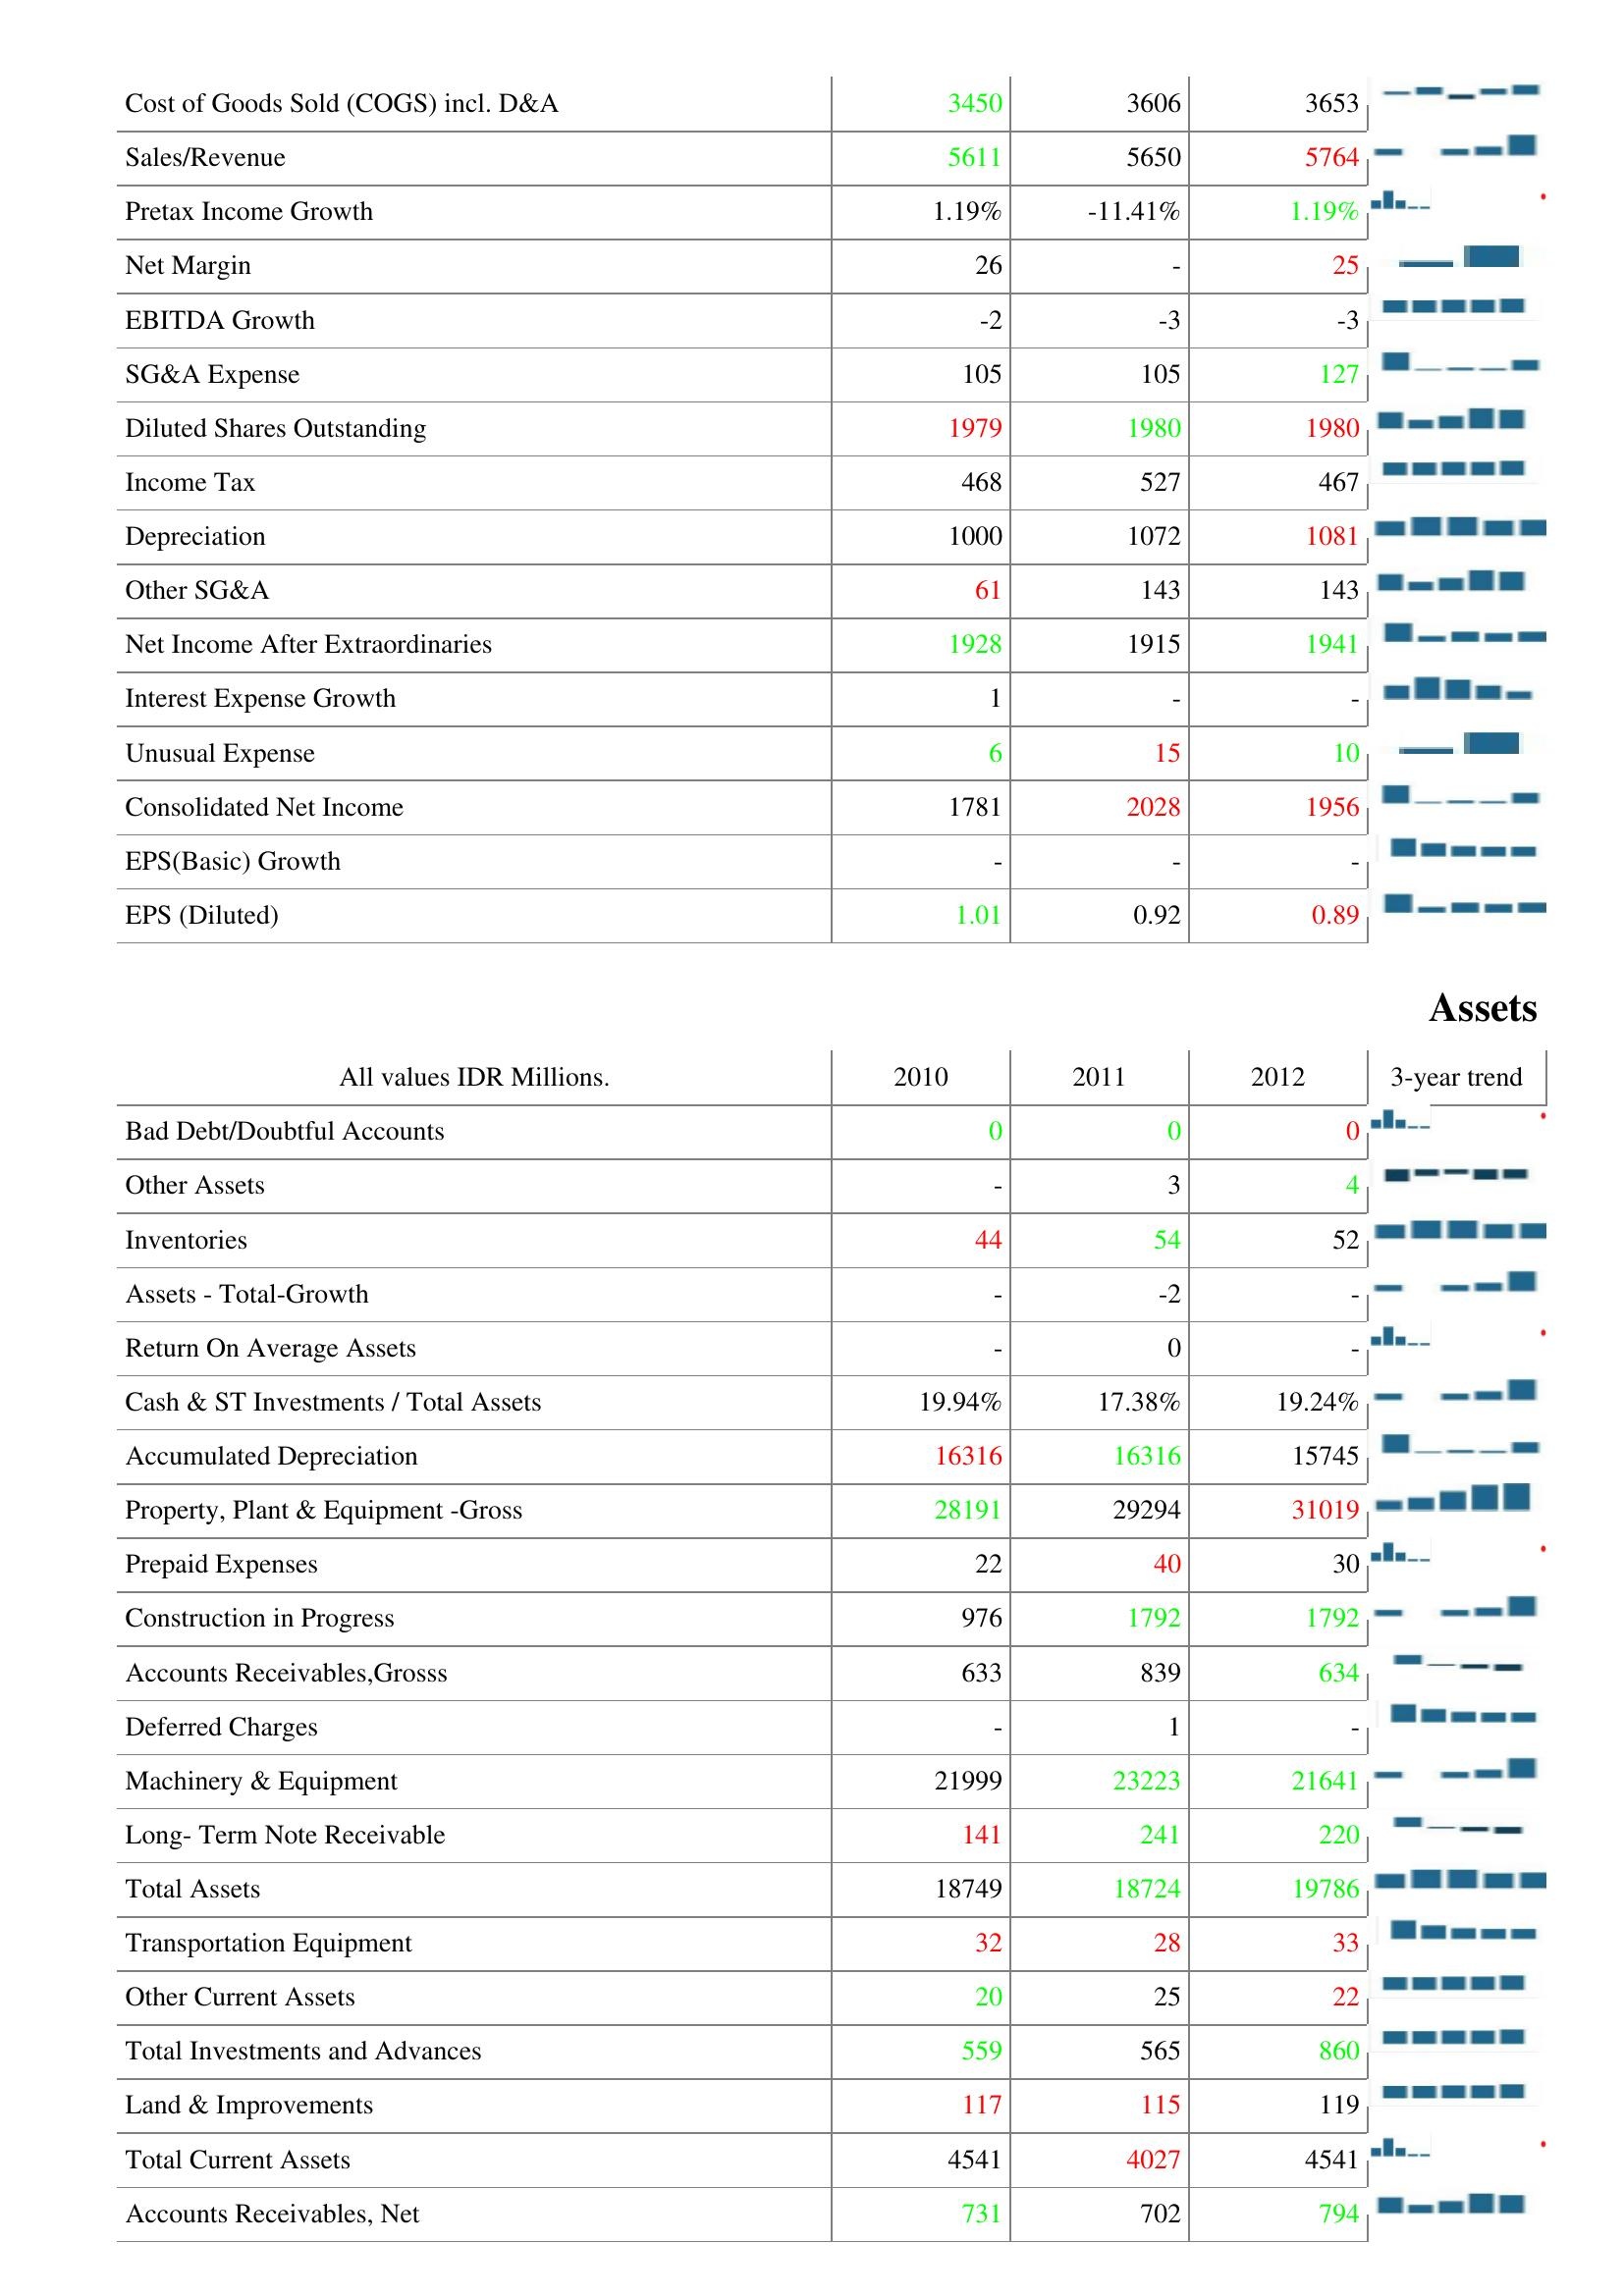
2010: : Cost of Goods Sold (COGS) incl. D&A: 3450
Sales/Revenue: 5611
Pretax Income Growth: 1.19%
Net Margin: 26
EBITDA Growth: -2
SG&A Expense: 105
Diluted Shares Outstanding: 1979
Income Tax: 468
Depreciation: 1000
Other SG&A: 61
Net Income After Extraordinaries: 1928
Interest Expense Growth: 1
Unusual Expense: 6
Consolidated Net Income: 1781
EPS(Basic) Growth: -
EPS (Diluted): 1.01
Assets: Bad Debt/Doubtful Accounts: 0
Other Assets: -
Inventories: 44
Assets - Total-Growth: -
Return On Average Assets: -
Cash & ST Investments / Total Assets: 19.94%
Accumulated Depreciation: 16316
Property, Plant & Equipment -Gross: 28191
Prepaid Expenses: 22
Construction in Progress: 976
Accounts Receivables,Grosss: 633
Deferred Charges: -
Machinery & Equipment: 21999
Long- Term Note Receivable: 141
Total Assets: 18749
Transportation Equipment: 32
Other Current Assets: 20
Total Investments and Advances: 559
Land & Improvements: 117
Total Current Assets: 4541
Accounts Receivables, Net: 731
2011: : Cost of Goods Sold (COGS) incl. D&A: 3606
Sales/Revenue: 5650
Pretax Income Growth: -11.41%
Net Margin: -
EBITDA Growth: -3
SG&A Expense: 105
Diluted Shares Outstanding: 1980
Income Tax: 527
Depreciation: 1072
Other SG&A: 143
Net Income After Extraordinaries: 1915
Interest Expense Growth: -
Unusual Expense: 15
Consolidated Net Income: 2028
EPS(Basic) Growth: -
EPS (Diluted): 0.92
Assets: Bad Debt/Doubtful Accounts: 0
Other Assets: 3
Inventories: 54
Assets - Total-Growth: -2
Return On Average Assets: 0
Cash & ST Investments / Total Assets: 17.38%
Accumulated Depreciation: 16316
Property, Plant & Equipment -Gross: 29294
Prepaid Expenses: 40
Construction in Progress: 1792
Accounts Receivables,Grosss: 839
Deferred Charges: 1
Machinery & Equipment: 23223
Long- Term Note Receivable: 241
Total Assets: 18724
Transportation Equipment: 28
Other Current Assets: 25
Total Investments and Advances: 565
Land & Improvements: 115
Total Current Assets: 4027
Accounts Receivables, Net: 702
2012: : Cost of Goods Sold (COGS) incl. D&A: 3653
Sales/Revenue: 5764
Pretax Income Growth: 1.19%
Net Margin: 25
EBITDA Growth: -3
SG&A Expense: 127
Diluted Shares Outstanding: 1980
Income Tax: 467
Depreciation: 1081
Other SG&A: 143
Net Income After Extraordinaries: 1941
Interest Expense Growth: -
Unusual Expense: 10
Consolidated Net Income: 1956
EPS(Basic) Growth: -
EPS (Diluted): 0.89
Assets: Bad Debt/Doubtful Accounts: 0
Other Assets: 4
Inventories: 52
Assets - Total-Growth: -
Return On Average Assets: -
Cash & ST Investments / Total Assets: 19.24%
Accumulated Depreciation: 15745
Property, Plant & Equipment -Gross: 31019
Prepaid Expenses: 30
Construction in Progress: 1792
Accounts Receivables,Grosss: 634
Deferred Charges: -
Machinery & Equipment: 21641
Long- Term Note Receivable: 220
Total Assets: 19786
Transportation Equipment: 33
Other Current Assets: 22
Total Investments and Advances: 860
Land & Improvements: 119
Total Current Assets: 4541
Accounts Receivables, Net: 794